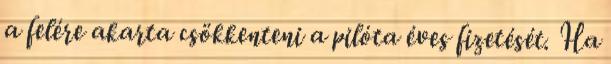
a felére akarta csökkenteni a pilóta éves fizetését. Ha